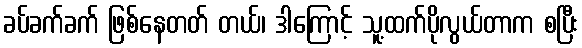
ခပ်ခက်ခက် ဖြစ်နေတတ် တယ်၊ ဒါကြောင့် သူ့ထက်ပိုလွယ်တာက စပြီး